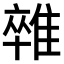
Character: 𨿼